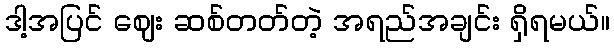
ဒါ့အပြင် ဈေး ဆစ်တတ်တဲ့ အရည်အချင်း ရှိရမယ်။